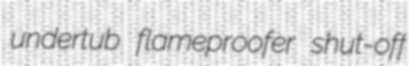
undertub flameproofer shut-off